Vaccination in Bombay 1913-1923 - 1913-1923
Year: 1913
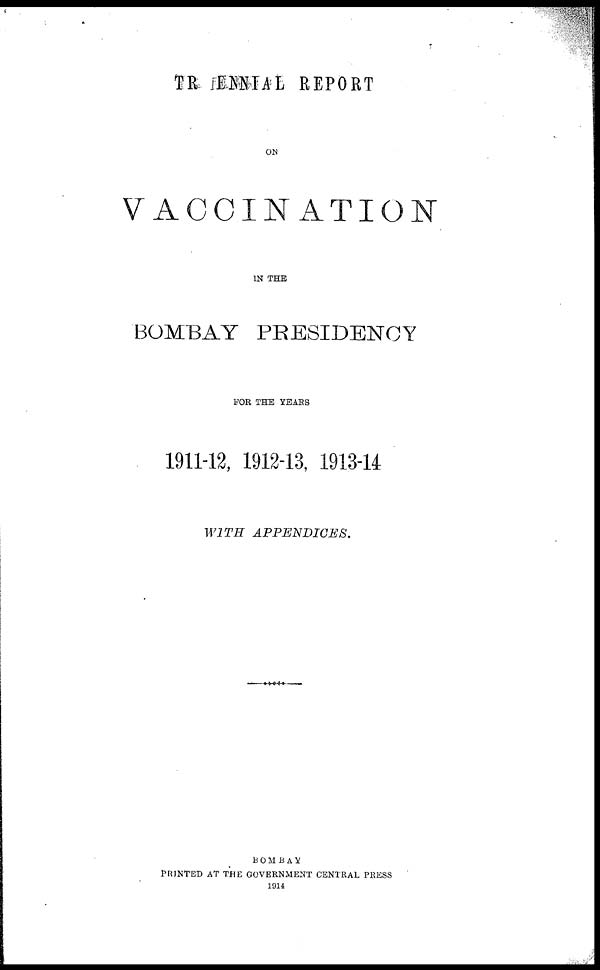
TRIENNIAL REPORT
ON
VACCINATION
IN THE
BOMBAY PRESIDENCY
FOR THE YEARS
1911-12, 1912-13, 1913-14
WITH
APPENDICES.
BOMBAY
PRINTED AT THE GOVERNMENT CENTRAL PRESS
1914